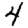
Digit: 4